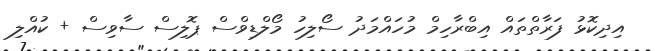
އިދިކޮޅު ފަރާތްތައް އިބްރާހިމް މުހައްމަދު ސޯލިހު މޯލްޑިވްސް ޕޮލިސް ސާވިސް + ކުއްލި